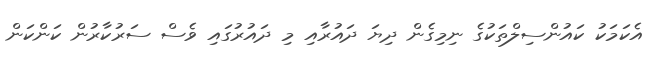
އެކަމަކު ކައުންސިލްތަކުގެ ނިމިގެން ދިޔަ ދައުރާއި މި ދައުރުގައި ވެސް ސަރުކާރުން ކަންކަން